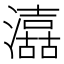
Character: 𱩼